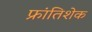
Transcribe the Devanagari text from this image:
फ्रांतिशेक